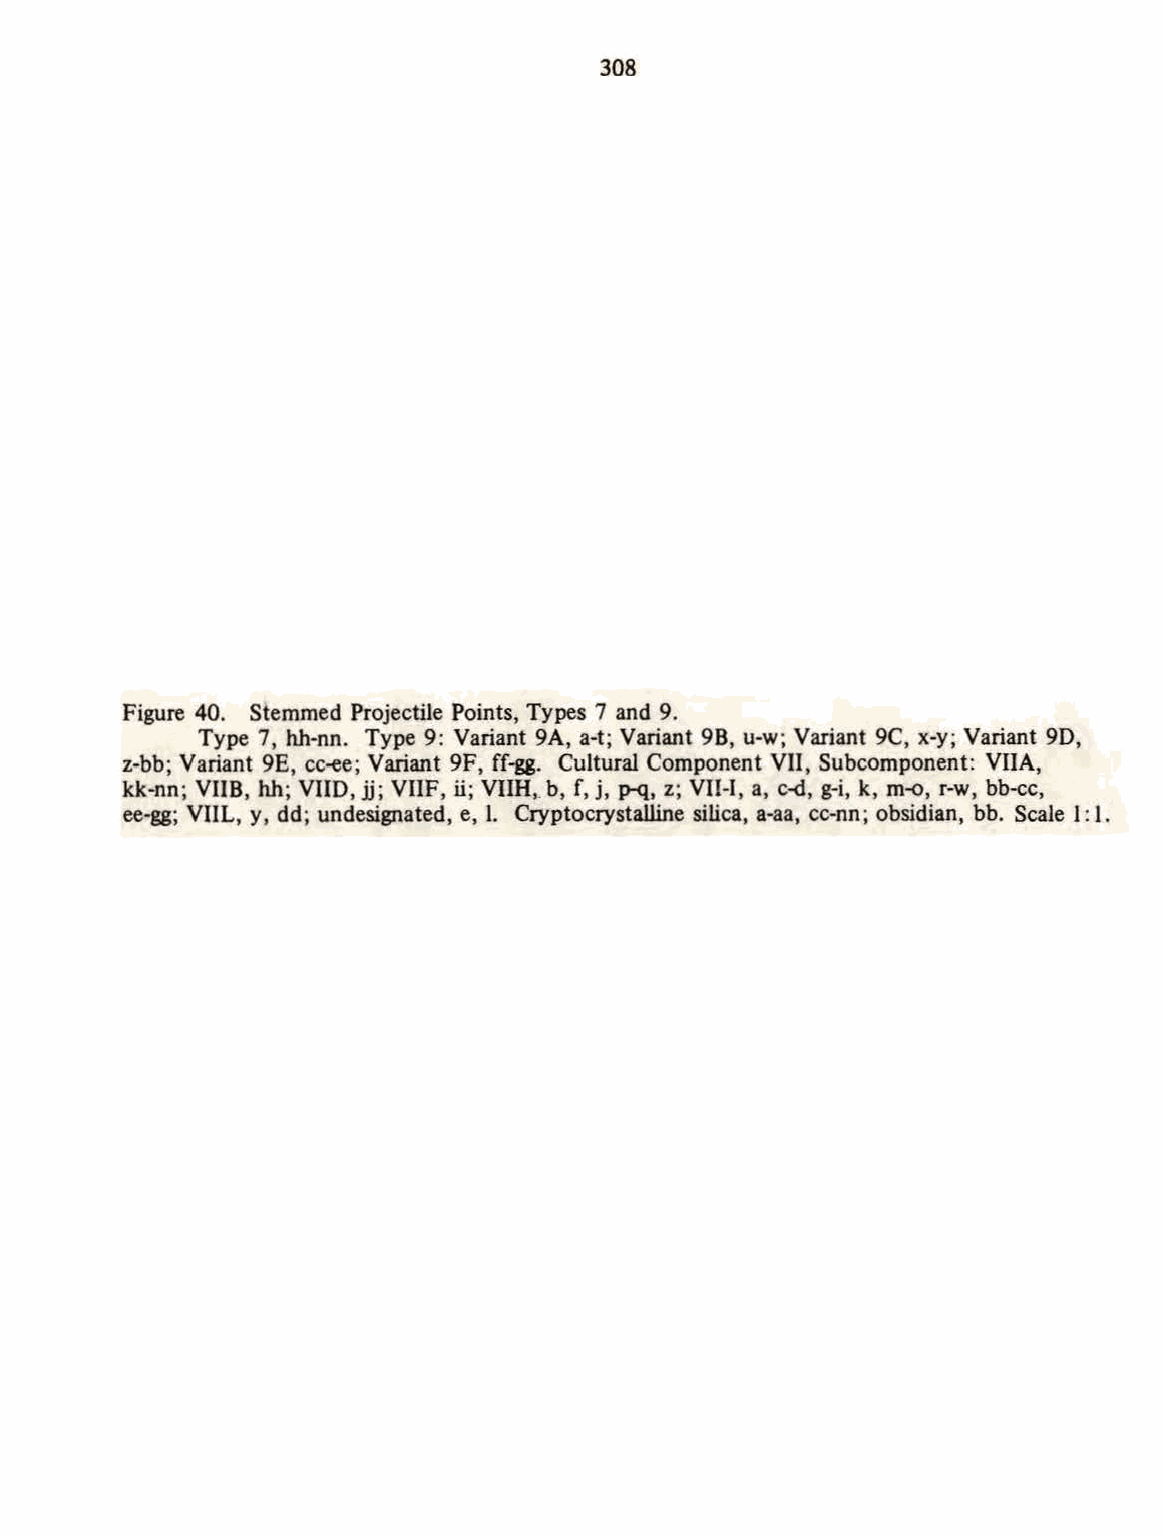
308
 Figure 40. Stemmed Projectile Points, Types 7 and 9.
 Type 7, hh-nn. Type 9: Variant 9A, a-t; Variant 98, u-w; Variant 9C, x-y; Variant 90,
 z-bb; Variant 9E, cc~e; Variant 9F, ff-gg. Cultural Component VII, Subcomponent: VIlA,
 kk-nn; VIIB, hh; VIID, jj; VHF, ii; VIIH,_b , f, j, p-q, z; VII-I, a, c~, g-i, k, m-o, r-w, bb-cc,
 ee-gg; VIIL, y, dd; undesignated, e, l. Cryptocrystalline silica, a-aa, cc-nn; obsidian, bb. Scale 1: l.